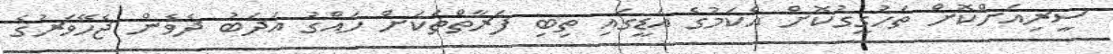
ސީރިއަށްކޮށް ތަހުގީގުކޮށް އެކަމުގެ އަޑީގައި ތިބި ފަރާތްތަކަށް ހައްގު އަދަބު ދެވެން ޖެހޭވަރުގެ